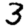
Digit: 3